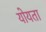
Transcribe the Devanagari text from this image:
योयता